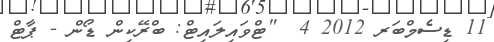
11 ޑިސެމްބަރ 2012 4  "ޓްވައިލައިޓް: ބްރޭކިން ޑޯން - ޕާޓް